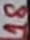
Text: 18